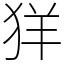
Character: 𦍕